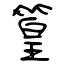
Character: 篁